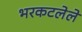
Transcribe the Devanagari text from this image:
भरकटलेले